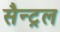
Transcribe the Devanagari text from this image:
सैन्ट्रल